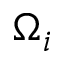
\Omega _ { i }